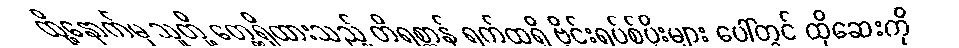
ထို့နောက်မှ သူတို့ တွေ့ရှိထားသည့် တိရစ္ဆာန် ရက်ထရို ဗိုင်းရပ်စ်ပိုးများ ပေါ်တွင် ထိုဆေးကို